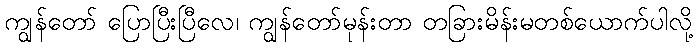
ကျွန်တော် ပြောပြီးပြီလေ၊ ကျွန်တော်မုန်းတာ တခြားမိန်းမတစ်ယောက်ပါလို့